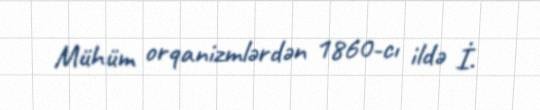
Mühüm orqanizmlərdən 1860-cı ildə İ.